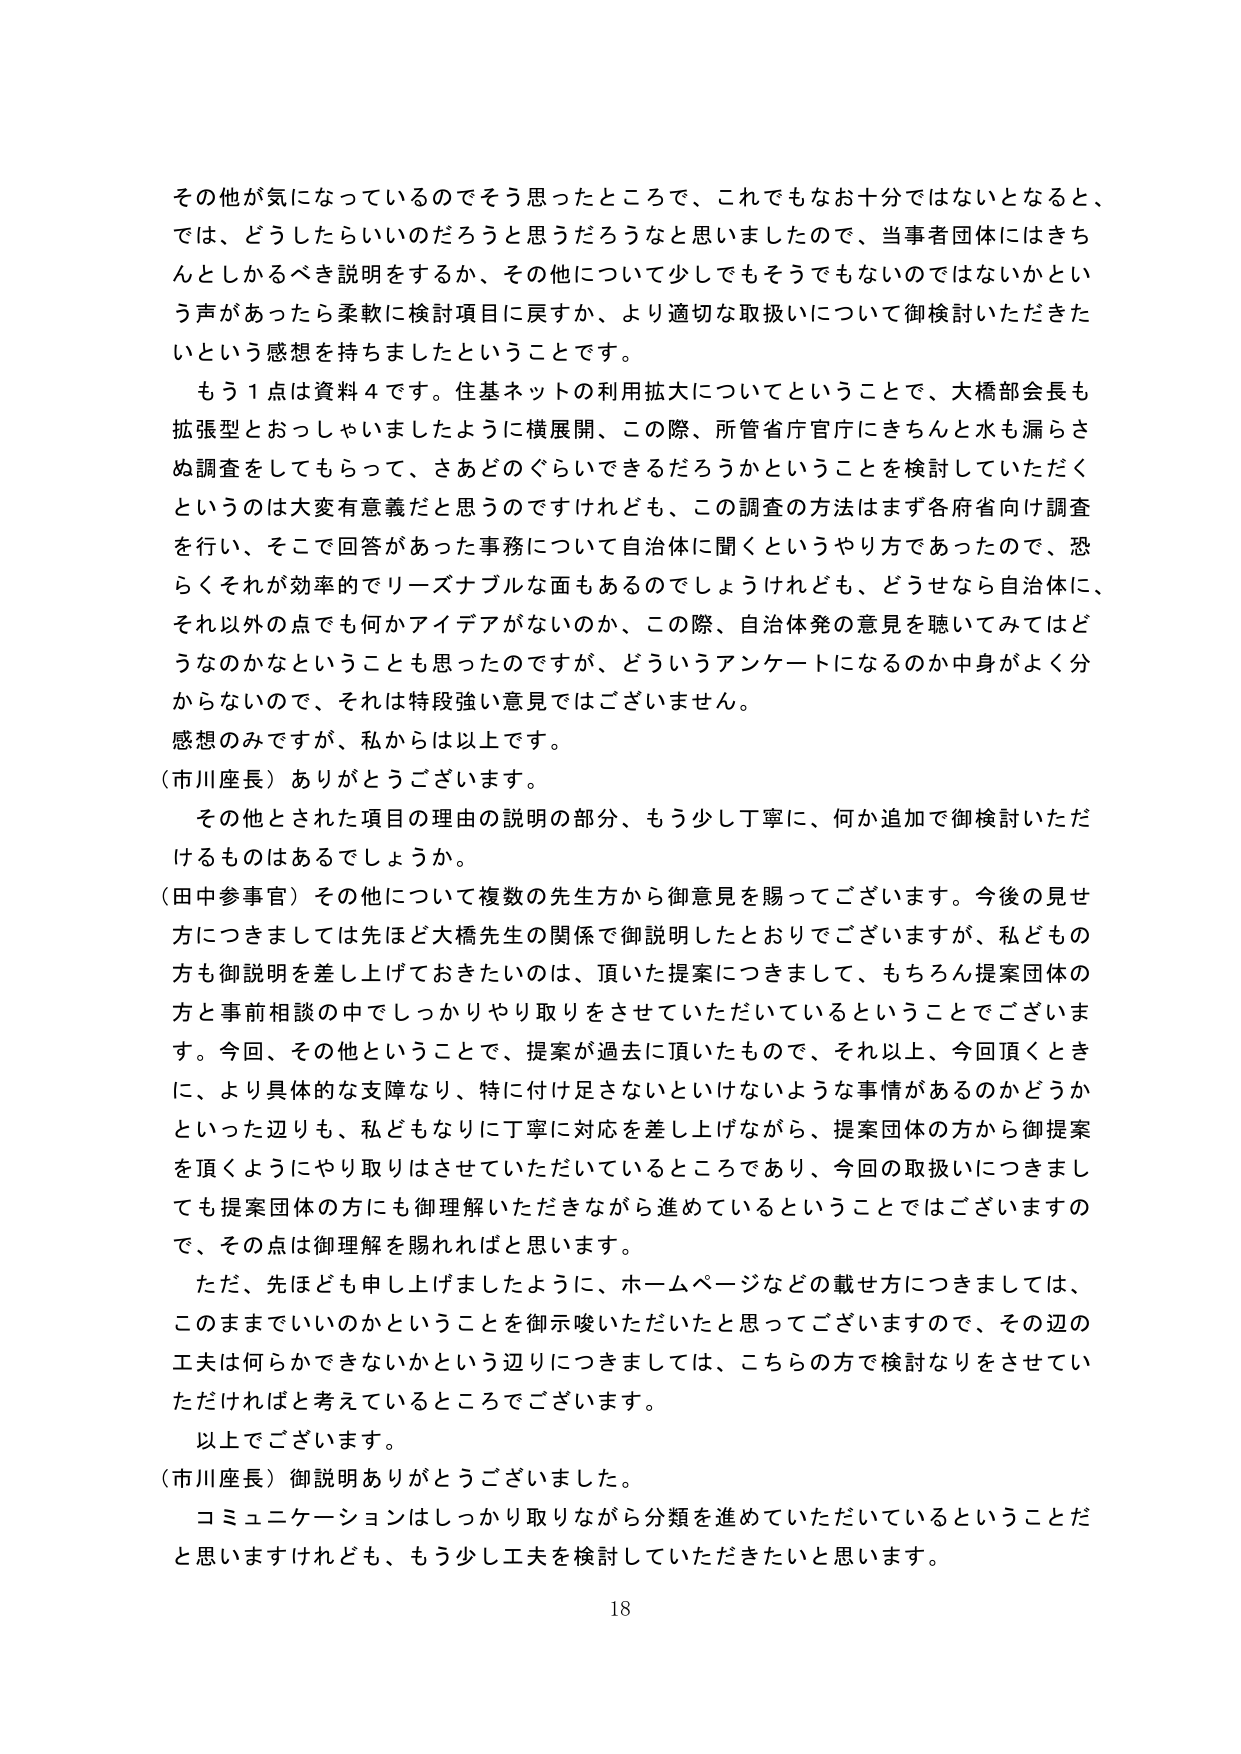
その他が気になっているのでそう思ったところで、これでもなお十分ではないとなると、
では、どうしたらいいのだろうと思うだろうなと思いましたので、当事者団体にはきち
んとしかるべき説明をするか、その他について少しでもそうでもないのではないかとい
う声があったら柔軟に検討項目に戻すか、より適切な取扱いについて御検討いただきた
いという感想を持ちましたということです。
もう１点は資料４です。住基ネットの利用拡大についてということで、大橋部会長も
拡張型とおっしゃいましたように横展開、この際、所管省庁官庁にきちんと水も漏らさ
ぬ調査をしてもらって、さあどのぐらいできるだろうかということを検討していただく
というのは大変有意義だと思うのですけれども、この調査の方法はまず各府省向け調査
を行い、そこで回答があった事務について自治体に聞くというやり方であったので、恐
らくそれが効率的でリーズナブルな面もあるのでしょうけれども、どうせなら自治体に、
それ以外の点でも何かアイデアがないのか、この際、自治体発の意見を聴いてみてはど
うなのかなということも思ったのですが、どういうアンケートになるのか中身がよく分
からないので、それは特段強い意見ではございません。
感想のみですが、私からは以上です。
（市川座長）ありがとうございます。
その他とされた項目の理由の説明の部分、もう少し丁寧に、何か追加で御検討いただ
けるものはあるでしょうか。
（田中参事官）その他について複数の先生方から御意見を賜ってございます。今後の見せ
方につきましては先ほど大橋先生の関係で御説明したとおりでございますが、私どもの
方も御説明を差し上げておきたいのは、頂いた提案につきまして、もちろん提案団体の
方と事前相談の中でしっかりやり取りをさせていただいているということでございま
す。今回、その他ということで、提案が過去に頂いたもので、それ以上、今回頂くとき
に、より具体的な支障なり、特に付け足さないといけないような事情があるのかどうか
といった辺りも、私どもなりに丁寧に対応を差し上げながら、提案団体の方から御提案
を頂くようにやり取りはさせていただいているところであり、今回の取扱いにつきまし
ても提案団体の方にも御理解いただきながら進めているということではございますの
で、その点は御理解を賜れればと思います。
ただ、先ほども申し上げましたように、ホームページなどの載せ方につきましては、
このままでいいのかということを御示唆いただいたと思ってございますので、その辺の
工夫は何らかできないかという辺りにつきましては、こちらの方で検討なりをさせてい
ただければと考えているところでございます。
以上でございます。
（市川座長）御説明ありがとうございました。
コミュニケーションはしっかり取りながら分類を進めていただいているということだ
と思いますけれども、もう少し工夫を検討していただきたいと思います。
18